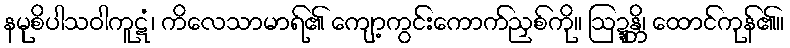
နမုစိပါသဝါကူဋံ၊ ကိလေသာမာရ်၏ ကျော့ကွင်းကောက်ညှစ်ကို။ ဩဍ္ဍန္တိ၊ ထောင်ကုန်၏။